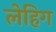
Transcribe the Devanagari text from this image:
लेहिग